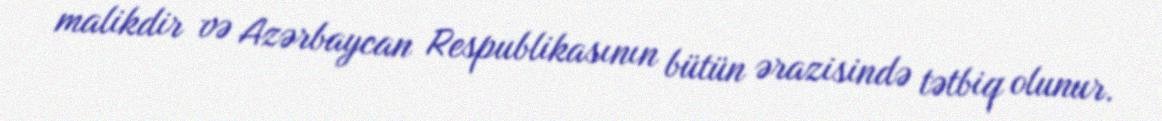
malikdir və Azərbaycan Respublikasının bütün ərazisində tətbiq olunur.